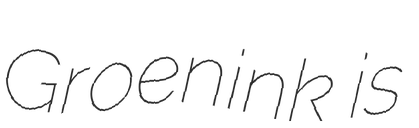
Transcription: Groenink is